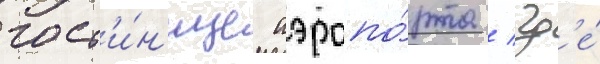
гост'и́н'ице аэропо́рта / гд'е́